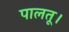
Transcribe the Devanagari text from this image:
पालतू।